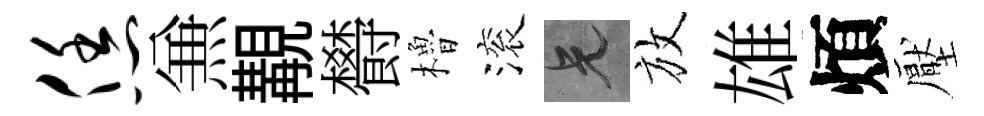
恁𠔥覯欎櫓滚兄放雄煩壓